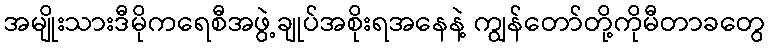
အမျိုးသားဒီမိုကရေစီအဖွဲ့ချုပ်အစိုးရအနေနဲ့ ကျွန်တော်တို့ကိုမီတာခတွေ